system: You are a helpful assistant.
user:
Analyze the provided spectrum to determine if it is a **Carbon Star (C-type)**.

- **Key Visual Indicators of Carbon Star:**
    - **(Primary):** Strong molecular absorption from **C₂ (diatomic carbon) "Swan Bands."** This is the **defining feature** of a carbon star.
        - **(Key Bandheads):** Sharp absorption edges are visible at approximately $5635$ Å, $5165$ Å (the strongest band), and $4737$ Å.
        - **(Line Profile):** Creates a distinct **"saw-tooth"** pattern. The key morphology is a sharp, steep bandhead on the **red (long-wavelength) side**, which then gradually tapers off (i.e., flux recovers) towards the **blue (short-wavelength) side**. *(This is the direct opposite of the TiO bands seen in M-type stars)*.

    - **(Secondary):** Intense **CN (cyanogen)** molecular absorption bands.
        - **(Key Bandheads):** Located in the blue and violet regions of the spectrum (e.g., near $4215$ Å and $3883$ Å).
        - **(Morphology):** These bands are extremely broad and act as a "blanket," absorbing the vast majority of blue and violet light. This creates a characteristic **"cliff"** or **"steep drop-off"** in the spectrum's flux at short wavelengths.

    - **(Key Confirmation):** Strong **CH absorption band (G-band)**.
        - **(Key Bandhead):** Located around $4300$ Å. The contribution from CH molecules to this band is exceptionally strong.

    - **(Overall Spectrum):**
        - The continuum is severely "chopped up" by these deep molecular bands, especially C₂, rather than appearing as a smooth curve.
        - Due to the heavy CN and C₂ absorption in the blue-green, the vast majority of the star's flux is concentrated in the red part of the spectrum, giving the star its characteristic deep red color.

Think first, call **spectral_visualization_tool** if needed to examine features in detail, then provide your final answer. Your response must adhere to the following strict rules:
1.  **Overall Structure:** Your response must follow the format `<think>...</think> <tool_call>...</tool_call> (if a tool is used) <answer>...</answer>`.
2.  **Tool Usage Constraint:** You may only make **one** tool call per turn.
3.  **Final Answer Format:** In the `<answer>` tag, your conclusion must be inside a `\boxed{}` command (e.g., `\boxed{YES}`), followed by your justification.

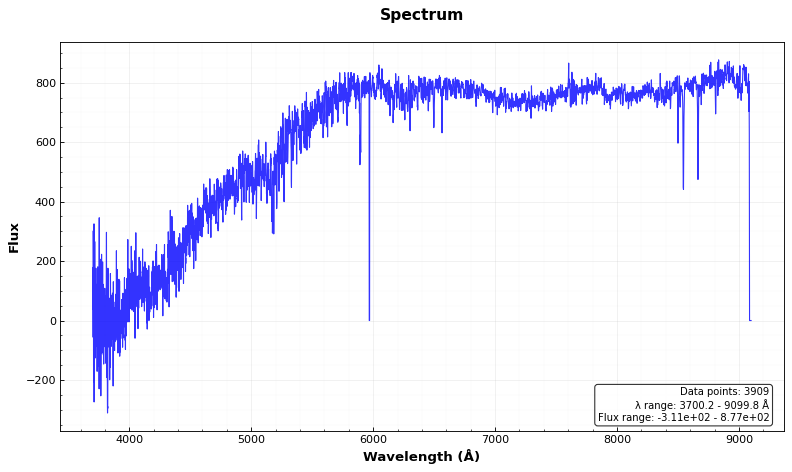
Answer: NO